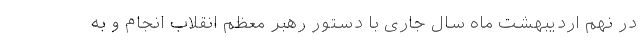
در نهم اردیبهشت ماه سال جاری با دستور رهبر معظم انقلاب انجام و به